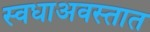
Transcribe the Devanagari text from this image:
स्वधाअवस्तात